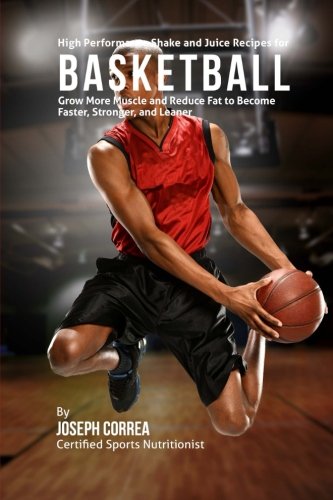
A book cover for High Performance Shake and Juice Recipes for Basketball: Grow More Muscle and Reduce Fat to Become Faster, Stronger, and Leaner; Joseph Correa (Certified Sports Nutritionist); Sports & Outdoors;